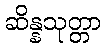
ဆိန္နသုတ္တာ